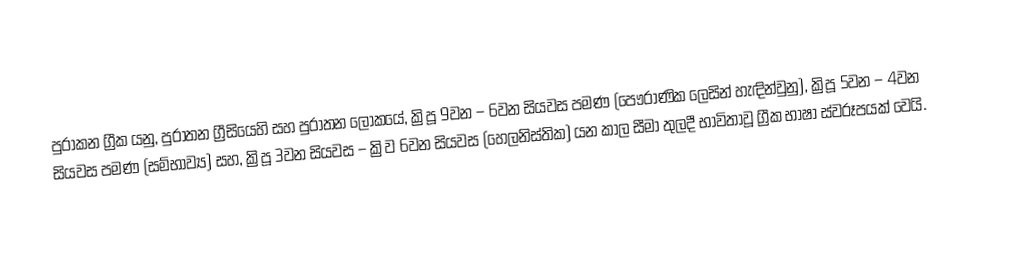
පුරාකන ග්‍රීක යනු, පුරාතන ග්‍රීසියෙහි සහ පුරාතන ලෝකයේ,    ක්‍රිපූ 9වන – 6වන සියවස පමණ (පෞරාණික ලෙසින් හැඳින්වුනු), ක්‍රිපූ 5වන – 4වන සියවස පමණ (සම්භාව්‍ය) සහ, ක්‍රිපූ 3වන සියවස – ක්‍රිව 6වන සියවස (හෙලනිස්තික)  යන කාල සීමා තුලදී භාවිතාවූ ග්‍රීක භාෂා ස්වරූපයක් වෙයි.